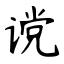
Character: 谠